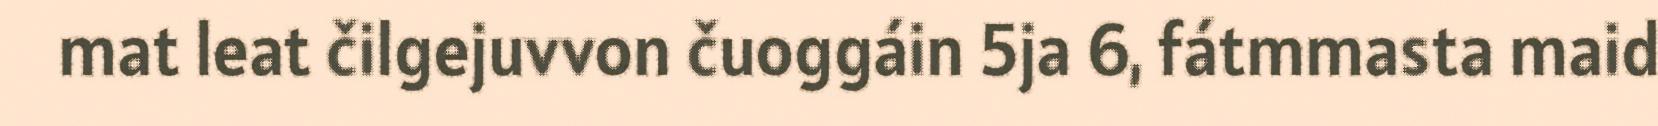
mat leat čilgejuvvon čuoggáin 5ja 6, fátmmasta maid